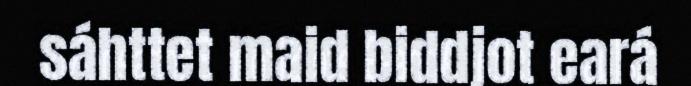
sáhttet maid biddjot eará